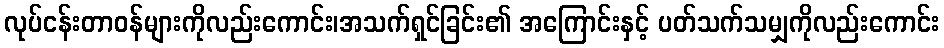
လုပ်ငန်းတာဝန်များကိုလည်းကောင်း၊အသက်ရှင်ခြင်း၏ အကြောင်းနှင့် ပတ်သက်သမျှကိုလည်းကောင်း